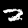
Digit: 2